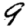
Digit: 9